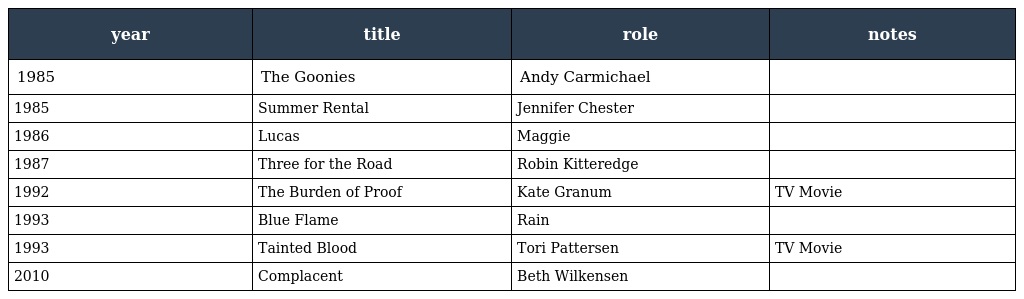
| year | title | role | notes |
 | --- | --- | --- | --- |
 | 1985 | The Goonies | Andy Carmichael |  |
 | 1985 | Summer Rental | Jennifer Chester |  |
 | 1986 | Lucas | Maggie |  |
 | 1987 | Three for the Road | Robin Kitteredge |  |
 | 1992 | The Burden of Proof | Kate Granum | TV Movie |
 | 1993 | Blue Flame | Rain |  |
 | 1993 | Tainted Blood | Tori Pattersen | TV Movie |
 | 2010 | Complacent | Beth Wilkensen |  |